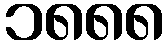
၁၈၈၈